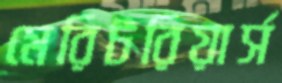
মেরিটরিয়ার্স